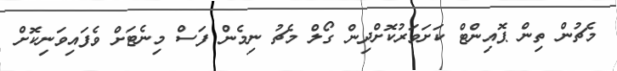
މެޗުން ތިން ޕޮއިންޓް ކަށަވަރުކޮށްދިން ގޯލް މެޗު ނިމެން ފަސް މިނެޓަށް ވެފައިވަނިކޮށް